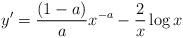
LaTeX: \begin{align*}y'=\frac{(1-a)}{a}x^{-a}-\frac{2}{x}\log x\end{align*}